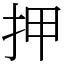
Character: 押